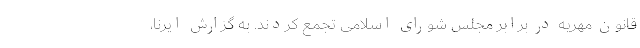
قانون مهریه در برابر مجلس شورای اسلامی تجمع کردند. به گزارش ایرنا،